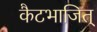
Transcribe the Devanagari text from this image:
कैटभाजित्